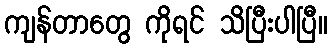
ကျန်တာတွေ ကိုရင် သိပြီးပါပြီ။